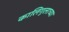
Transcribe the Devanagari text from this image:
कालिगुलाच्या